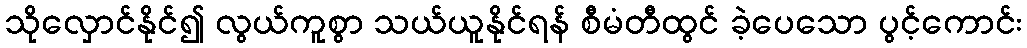
သိုလှောင်နိုင်၍ လွယ်ကူစွာ သယ်ယူနိုင်ရန် စီမံတီထွင် ခဲ့ပေသော ပွင့်ကောင်း